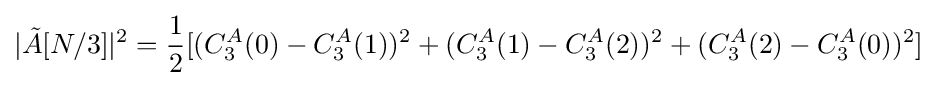
|{\tilde {A}}[N/3]|^{2}={\frac {1}{2}}[(C_{3}^{A}(0)-C_{3}^{A}(1))^{2}+(C_{3}^{A}(1)-C_{3}^{A}(2))^{2}+(C_{3}^{A}(2)-C_{3}^{A}(0))^{2}]